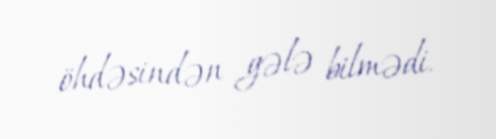
öhdəsindən gələ bilmədi.